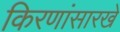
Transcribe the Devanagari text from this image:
किरणांसारखे